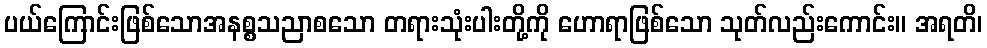
ပယ်ကြောင်းဖြစ်သောအနစ္စသညာစသော တရားသုံးပါးတို့ကို ဟောရာဖြစ်သော သုတ်လည်းကောင်း။ အရတိ၊